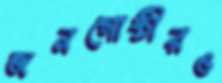
জনগোষ্ঠীরও